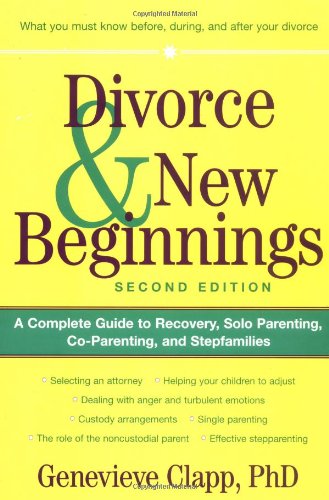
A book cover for Divorce & New Beginnings: A Complete Guide to Recovery, Solo Parenting, Co-Parenting, and Stepfamilies; Genevieve Clapp; Parenting & Relationships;